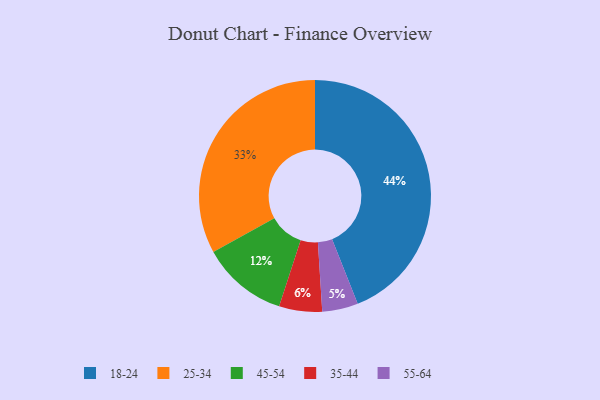
{"axis": {"x": "Category", "y": "Percentage"}, "legend": ["18-24", "25-34", "35-44", "45-54", "55-64"], "data": [{"x": "45-54", "y": 12, "type": "45-54"}, {"x": "35-44", "y": 6, "type": "35-44"}, {"x": "18-24", "y": 44, "type": "18-24"}, {"x": "25-34", "y": 33, "type": "25-34"}, {"x": "55-64", "y": 5, "type": "55-64"}]}